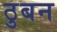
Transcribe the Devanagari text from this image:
ठुबन